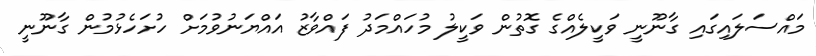
މައްސަލައިގައި ގާނޫނީ ވަކީލެއްގެ ގޮތުން ވަކީލު މުހައްމަދު ފައްވާޒު އައްޔަނުވުމަށް ހުށަހެޅުމުން ގާނޫނީ